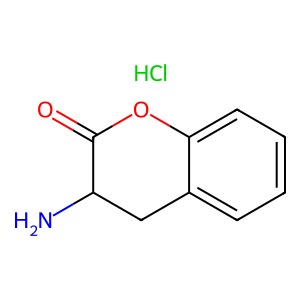
SMILES: Cl.NC1Cc2ccccc2OC1=O
Inhibits HIV replication: No